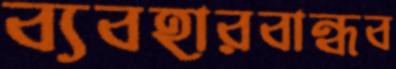
ব্যবহারবান্ধব